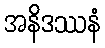
အနိဒဿနံ